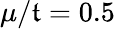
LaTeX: \mu/\mathfrak{t}=0.5